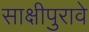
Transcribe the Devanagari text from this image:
साक्षीपुरावे